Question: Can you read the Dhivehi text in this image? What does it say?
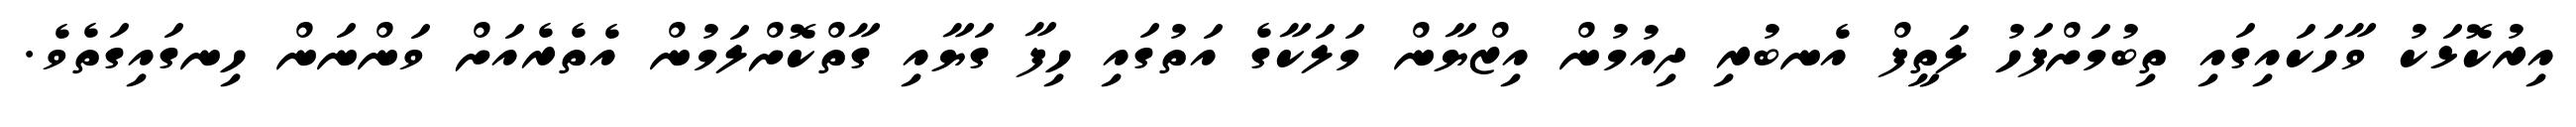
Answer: އިރުކޮޅަކު ވާހަކައިގައި ތިބުމަށްފަހު ލަތީފް އެނބުރި ދިއުމުން އިޒްޔާން މަލަކާގެ އަތުގައި ހިފާ ގަޔާއި ގާތްކޮށްލަމުން އެތެރެއަށް ވަންނަން ހިނގައިގަތެވެ.